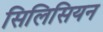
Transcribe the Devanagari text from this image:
सिलिसियन